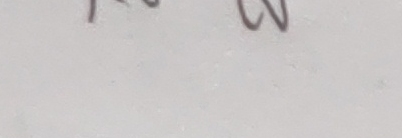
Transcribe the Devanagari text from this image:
२ ३